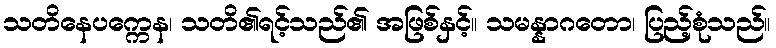
သတိနေပက္ကေန၊ သတိ၏ရင့်သည်၏ အဖြစ်နှင့်။ သမန္နာဂတော၊ ပြည့်စုံသည်။